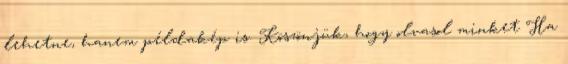
lehetne, hanem példakép is. Köszönjük, hogy olvasol minket Ha